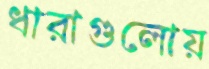
ধারাগুলোয়